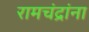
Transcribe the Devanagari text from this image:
रामचंद्रांना